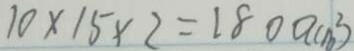
1 0 \times 1 5 \times 2 = 1 8 0 0 ( c m ^ { 2 } )